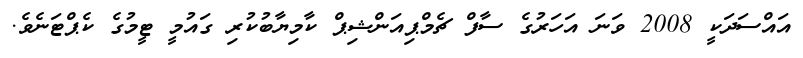
އައްސަދަކީ 2008 ވަނަ އަހަރުގެ ސާފް ޗެމްޕިއަންޝިޕް ކާމިޔާބުކުރި ގައުމީ ޓީމުގެ ކެޕްޓަނެވެ.